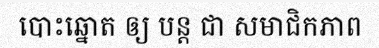
បោះឆ្នោត ឲ្យ បន្ត ជា សមាជិកភាព